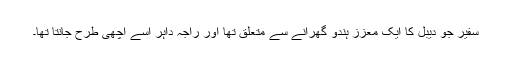
سفیر جو دیبل کا ایک معزز ہندو گھرانے سے متعلق تھا اور راجہ داہر اسے اچھی طرح جانتا تھا۔